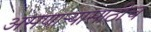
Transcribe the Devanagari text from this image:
असणार्‍यासाठीच